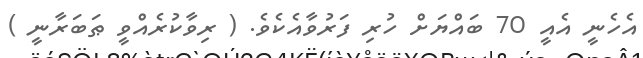
އެހެނީ އެއީ 70 ބައްޔަށް ހުރި ފަރުވާއެކެވެ. ( ރިވާކުރެއްވީ ޠަބަރާނީ )